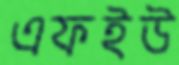
এফইউ